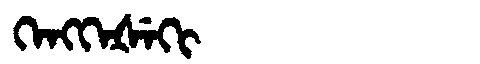
Manchu: ᡴᡝᠩᡴᡝᡧᡝᡴᡳ
Romanization: KENGKEŠEKI